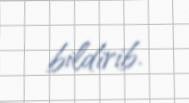
bildirib.